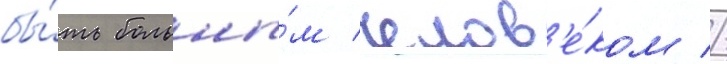
бы́ть больны́м челов'е́ком //